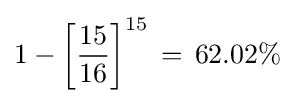
1-\left[{\frac {15}{16}}\right]^{15}\,=\,62.02\%